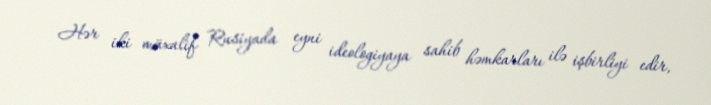
Hər iki müxalif Rusiyada eyni ideologiyaya sahib həmkarları ilə işbirliyi edir,